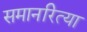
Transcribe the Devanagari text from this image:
समानरित्या